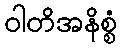
ဝါတိအနိစ္စံ